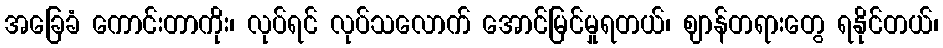
အခြေခံ ကောင်းတာကိုး၊ လုပ်ရင် လုပ်သလောက် အောင်မြင်မှုရတယ်၊ ဈာန်တရားတွေ ရနိုင်တယ်၊